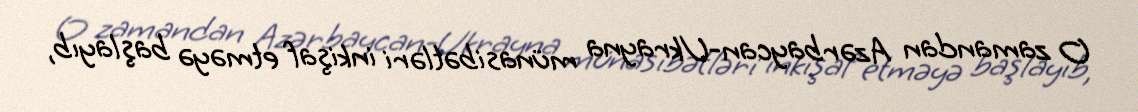
O zamandan Azərbaycan-Ukrayna münasibətləri inkişaf etməyə başlayıb,